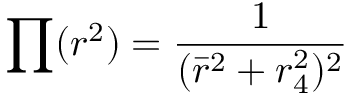
\prod ( r ^ { 2 } ) = \frac { 1 } { ( \bar { r } ^ { 2 } + r _ { 4 } ^ { 2 } ) ^ { 2 } }